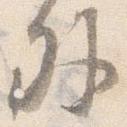
外